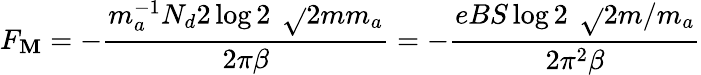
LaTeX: F_{\mathbf{M}}=-\frac{{m_{a}^{-1}N_{d}2\log2\, \ \sqrt{}{{2mm_{a}}}}}{{2\pi\beta}}=-\frac{{eBS\log2\, \ \sqrt{}{{2m/m_{a}}}}}{{2\pi^{2}\beta}}